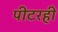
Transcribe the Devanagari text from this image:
पीटरही